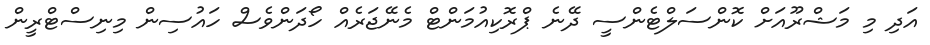
އަދި މި މަޝްރޫއަށް ކޮންސަލްޓެންސީ ދޭނެ ޕްރޮކިއުމަންޓް މެނޭޖަރެއް ހޯދަންވެސް ހައުސިން މިނިސްޓްރީން